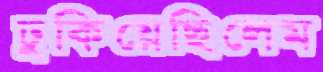
ঢুকিয়েছিলেম